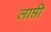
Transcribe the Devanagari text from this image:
लाप्ती